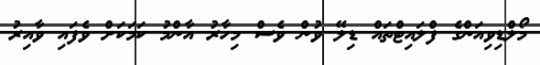
މޯލްޑިވިއަންގެ ފްލައިޓްތައް ޑިލޭ ވުން ވެސް މިހާރު އާންމު ކަމަކަށް ވެފައި ވާއިރު